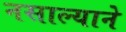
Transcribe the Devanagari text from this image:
नसाल्याने